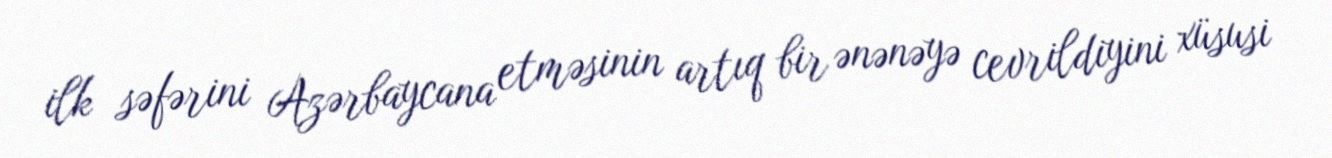
ilk səfərini Azərbaycana etməsinin artıq bir ənənəyə cevrildiyini xüsusi